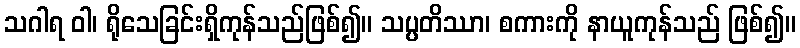
သဂါရ ဝါ၊ ရိုသေခြင်းရှိကုန်သည်ဖြစ်၍။ သပ္ပတိဿာ၊ စကားကို နာယူကုန်သည် ဖြစ်၍။